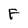
Character: F